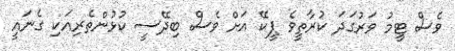
ވެސް ޓީމު ވަރުގަދަ ކުރާތީވެ ޕީކޭ އަށް ވެސް ބިދޭސީ ކުޅުންތެރިއަކި ގެނައީ